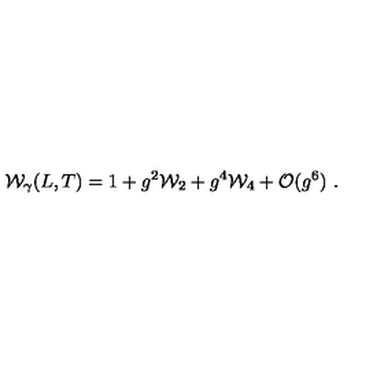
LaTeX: { \cal W } _ { \gamma } ( L , T ) = 1 + g ^ { 2 } { \cal W } _ { 2 } + g ^ { 4 } { \cal W } _ { 4 } + { \cal O } ( g ^ { 6 } ) \ .